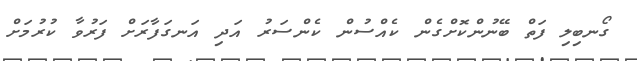
ގޯނބިލި ފަތް ބޭނުންކޮށްގެން ކެއްސުން ކެންސަރު އަދި އަނގަފާރަށް ފަރުވާ ކުރުމަށް